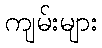
ကျမ်းများ